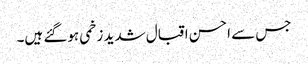
جس سے احسن اقبال شدید زخمی ہوگئے ہیں۔